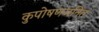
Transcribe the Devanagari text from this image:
कुपोषणजनित